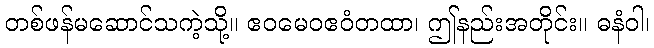
တစ်ဖန်မဆောင်သကဲ့သို့။ ဧဝမေဝဧဝံတထာ၊ ဤနည်းအတိုင်း။ ဓနံဝါ၊